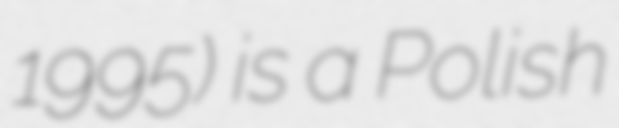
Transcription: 1995) is a Polish